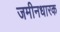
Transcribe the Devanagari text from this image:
जमीनधारक